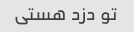
تو دزد هستی